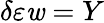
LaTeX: \delta\varepsilon\mathit{w}=Y